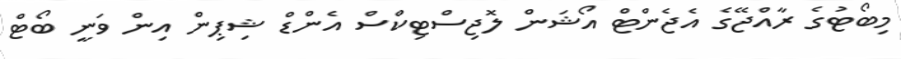
މިބޯޓުގެ ރާއްޖޭގެ އެޖެންޓް އޯޝަން ލޮޖިސްޓިކްސް އެންޑް ޝިޕިން އިން ވަނީ ބޯޓް